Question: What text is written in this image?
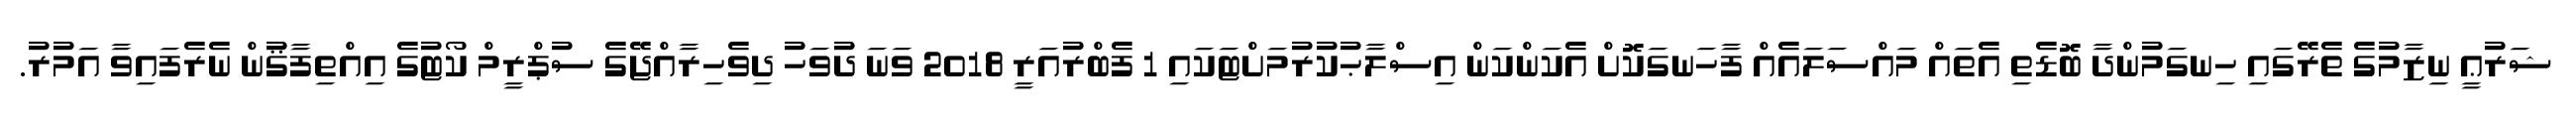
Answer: ޝަރުޢީ ނިޒާމުގެ ތެރޭގައި ހިނގަމުންދާ ބޮޑެތި އެތައް މައްސަލައެއް ފާހަނގަކޮށް އެކަންކަން އިސްލާޙުކުރުމަށްޓަކައި 1 ފެބްރުއަރީ 2018 ވަނަ ދުވަހު ދިވެހިރާއްޖޭގެ ސުޕްރީމް ކޯޓުގެ އިއްތިފާޤުން ނެރެފައިވާ އަމުރު.